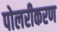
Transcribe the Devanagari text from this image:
पोलरीकरण